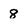
Character: 8